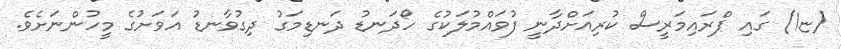
(ޏ1) ގައި ޕްރައިމަރީސް ކުރިއަށްދާނީ ފުވައްމުލަކުގެ ހޯދަނޑު ދަނޑިމަގު ދިގުވާނޑު އަވަށުގެ މީހުންނަށެވެ.